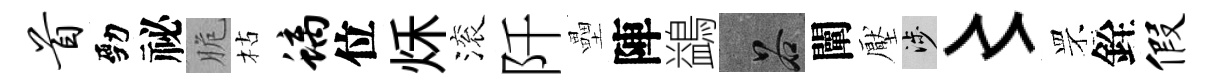
首勁祕脆枯螭位秌滚阡壘陣鷁谷闡壓涉〻罘銓假